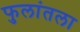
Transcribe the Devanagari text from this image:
फुलांतला